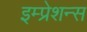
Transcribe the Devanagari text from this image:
इम्प्रेशन्स